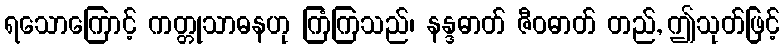
ရသောကြောင့် ကတ္တုသာဓနဟု ကြံကြသည်၊ နန္ဒဓာတ် ဇီဝဓာတ် တည်, ဤသုတ်ဖြင့်